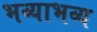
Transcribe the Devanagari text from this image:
भव्याभव्य